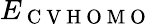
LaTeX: E_{\mathrm{~C~V~H~O~M~O~}}